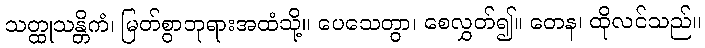
သတ္ထုသန္တိကံ၊ မြတ်စွာဘုရားအထံသို့။ ပေသေတွာ၊ စေလွှတ်၍။ တေန၊ ထိုလင်သည်။